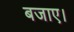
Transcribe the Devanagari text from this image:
बजाए।